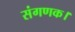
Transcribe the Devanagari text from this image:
संगणक।